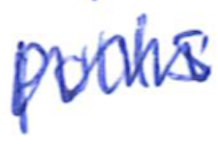
Text: polls
Cross-out: zig-zag
Writing tool: ballpoint